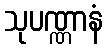
သုပဏ္ဏာနံ